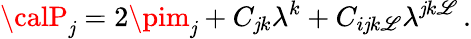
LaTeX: {\calP}_{\mathit{j}}=2\pim_{\mathit{j}}+C_{\mathit{j}k}\lambda^{k}+C_{i\mathit{j}k\mathscr{L}}\lambda^{\mathit{j}k\mathscr{L}}\, .